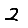
Digit: 2